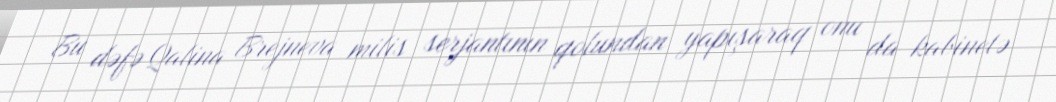
Bu dəfə Qalina Brejneva milis serjantının qolundan yapışaraq onu da kabinetə